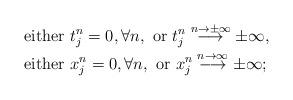
LaTeX: \begin{align*}&\hbox{ either } t_{j}^{n}=0, \forall n, \mbox { or } t^{n}_{j} \overset{ n\rightarrow \pm \infty } \longrightarrow \pm\infty,\\&\hbox{ either } x_{j}^{n}=0, \forall n, \mbox { or } x^{n}_{j}\overset{ n\rightarrow \infty } \longrightarrow \pm\infty;\end{align*}